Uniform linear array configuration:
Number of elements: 4
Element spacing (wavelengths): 0.5
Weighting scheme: hann
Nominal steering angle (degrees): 45
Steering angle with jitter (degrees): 46.095
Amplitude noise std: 0.05
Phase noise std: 0.05

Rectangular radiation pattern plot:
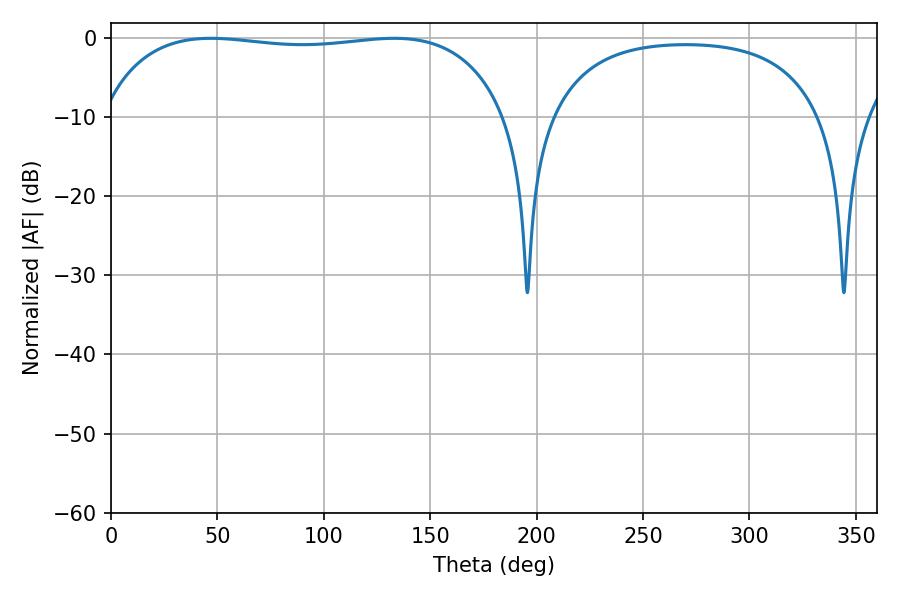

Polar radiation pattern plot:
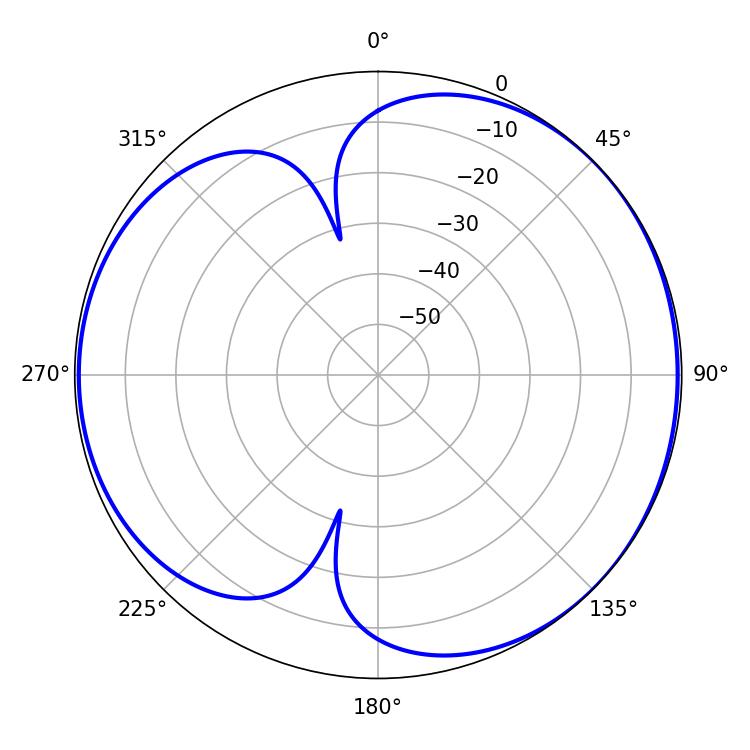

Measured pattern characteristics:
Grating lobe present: FALSE
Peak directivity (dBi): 4.753
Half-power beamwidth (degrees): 153.36
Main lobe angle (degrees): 46.98